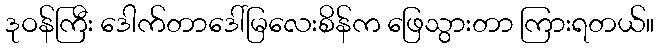
ဒုဝန်ကြီး ဒေါက်တာဒေါ်မြလေးစိန်က ဖြေသွားတာ ကြားရတယ်။